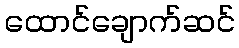
ထောင်ချောက်ဆင်